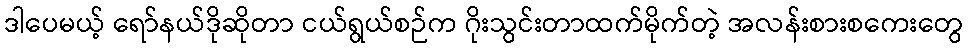
ဒါပေမယ့် ရော်နယ်ဒိုဆိုတာ ငယ်ရွယ်စဉ်က ဂိုးသွင်းတာထက်မိုက်တဲ့ အလန်းစားစကေးတွေ